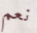
نعم